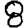
Digit: 8